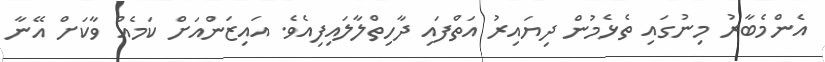
އެންމެބާރު މިނުގައި ތެޅެމުން ދިޔައިރު އަތްފައި ދާހިތްލާލައިފިއެވެ. އައިޒަންއަށް ކަމެއް ވާކަށް އޭނާ